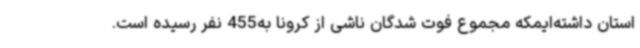
استان داشته‌ایمکه مجموع فوت شدگان ناشی از کرونا به455 نفر رسیده است.